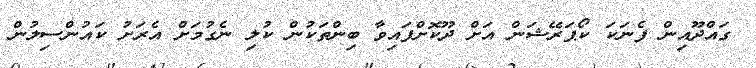
ގައްދޫއިން ފެނަކަ ކޯޕަރޭޝަން އަށް ދޫކޮށްފައިވާ ބިންތަކުން ކުލި ނެގުމަށް އެރަށު ކައުންސިލުން